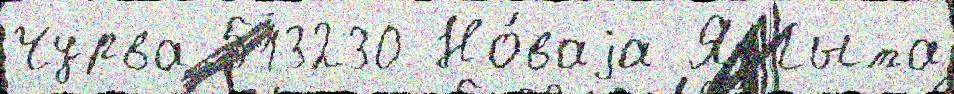
Чурва 513230 Но́ваjа Янгыта